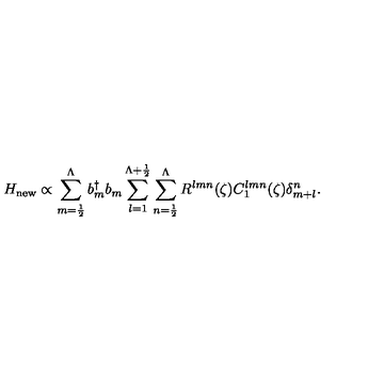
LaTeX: H _ { \mathrm { { n e w } } } \propto \sum _ { m = \frac { 1 } { 2 } } ^ { \Lambda } b _ { m } ^ { \dag } b _ { m } \sum _ { l = 1 } ^ { \Lambda + \frac { 1 } { 2 } } \sum _ { n = \frac { 1 } { 2 } } ^ { \Lambda } R ^ { l m n } ( \zeta ) C _ { 1 } ^ { l m n } ( \zeta ) \delta _ { m + l } ^ { n } . \nonumber